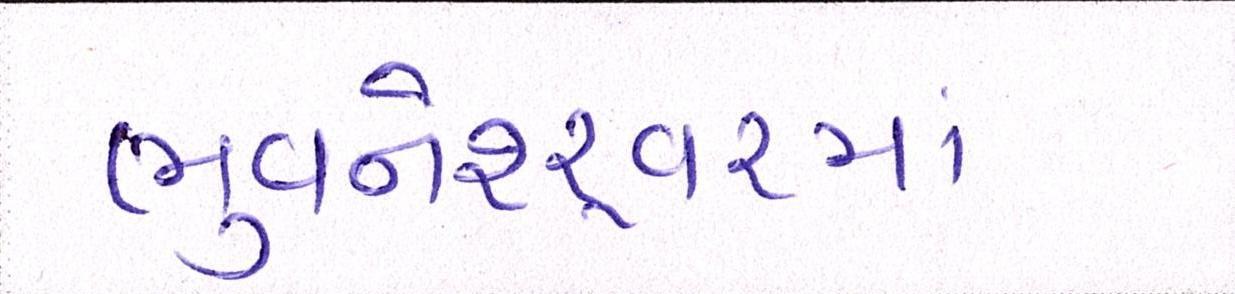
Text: ભુવનેશ્ર્વરમાં